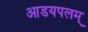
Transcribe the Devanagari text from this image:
आडयपलम्‌